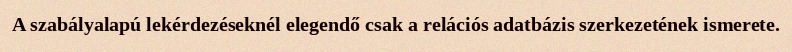
A szabályalapú lekérdezéseknél elegendő csak a relációs adatbázis szerkezetének ismerete.